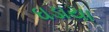
ઘડાયા